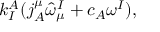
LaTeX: k _ { I } ^ { A } ( j _ { A } ^ { \mu } \hat { \omega } _ { \mu } ^ { I } + c _ { A } \omega ^ { I } ) ,